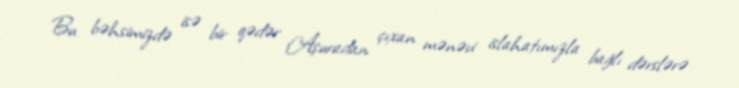
Bu bəhsimizdə isə bir qədər Aşuradan çıxan mənəvi islahatımızla bağlı dərslərə